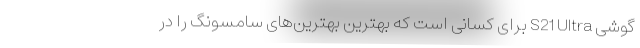
گوشی S21 Ultra برای کسانی است که بهترینِ بهترین‌های سامسونگ را در